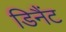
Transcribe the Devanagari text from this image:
डिनैंट